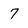
Character: 7